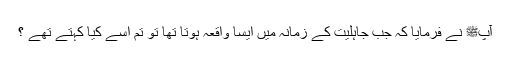
آپﷺ نے فرمایا کہ جب جاہلیت کے زمانہ میں ایسا واقعہ ہوتا تھا تو تم اسے کیا کہتے تھے ؟